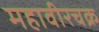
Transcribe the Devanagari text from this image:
महावीरचक्र